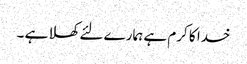
خدا کا کرم ہے ہمارے لئے کھلا ہے ۔